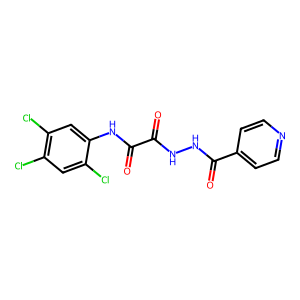
SMILES: O=C(NNC(=O)c1ccncc1)C(=O)Nc1cc(Cl)c(Cl)cc1Cl
Inhibits HIV replication: No